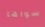
سواها